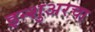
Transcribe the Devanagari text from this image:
इन्‍शुअरचा